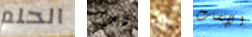
الحلم وجيه إن الإنصات